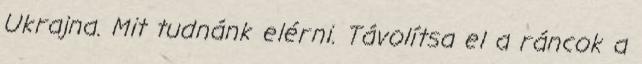
Ukrajna. Mit tudnánk elérni. Távolítsa el a ráncok a